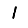
Digit: 1